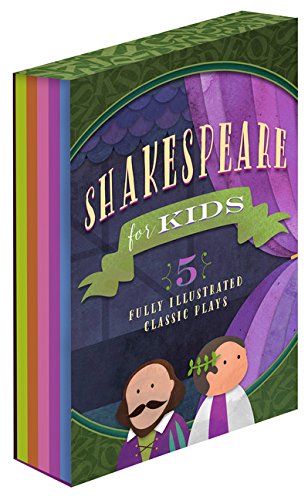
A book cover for Shakespeare for Kids, vol. II: 5 Classic Works Adapted for Kids: The Comedy of Errors, King Lear, Two Gentlemen of Verona, The Taming of the Shrew, and Julius Caesar; Familius; Literature & Fiction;